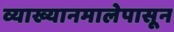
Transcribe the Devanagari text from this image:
व्याख्यानमालेपासून